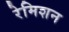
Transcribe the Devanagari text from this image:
रेमिशन